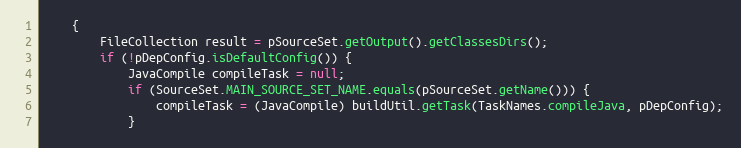
Language: Java
    {
        FileCollection result = pSourceSet.getOutput().getClassesDirs();
        if (!pDepConfig.isDefaultConfig()) {
            JavaCompile compileTask = null;
            if (SourceSet.MAIN_SOURCE_SET_NAME.equals(pSourceSet.getName())) {
                compileTask = (JavaCompile) buildUtil.getTask(TaskNames.compileJava, pDepConfig);
            }